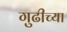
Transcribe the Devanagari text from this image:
गुढीच्या